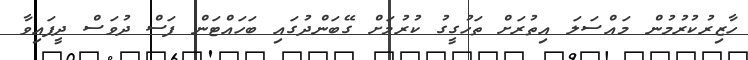
ހާޒިރުކުރުމުން މައްސަލަ އިތުރަށް ތަހުގީގު ކުރުމަށް ގޭބަންދުގައި ބަހައްޓަން ފަސް ދުވަސް ދީފައިވާ